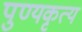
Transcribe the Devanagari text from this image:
पुण्यकृत्य